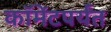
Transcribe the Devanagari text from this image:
कॉमेंटपर्यंत